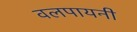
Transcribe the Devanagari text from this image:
वलपायनी